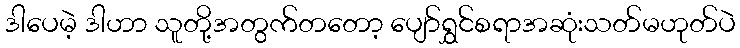
ဒါပေမဲ့ ဒါဟာ သူတို့အတွက်တတော့ ပျော်ရွှင်စရာအဆုံးသတ်မဟုတ်ပဲ